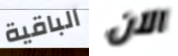
الباقية الآن